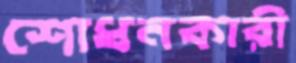
শোধনকারী